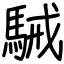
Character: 駴